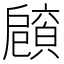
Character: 𢩡